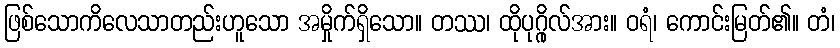
ဖြစ်သောကိလေသာတည်းဟူသော အမှိုက်ရှိသော။ တဿ၊ ထိုပုဂ္ဂိုလ်အား။ ဝရံ၊ ကောင်းမြတ်၏။ တံ၊